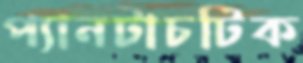
প্যানটাচটিক